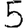
Digit: 5